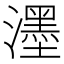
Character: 濹